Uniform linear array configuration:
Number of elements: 48
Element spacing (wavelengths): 0.25
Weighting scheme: exponential
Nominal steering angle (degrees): -60
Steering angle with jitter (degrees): -61.191
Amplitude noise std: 0.05
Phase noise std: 0.05

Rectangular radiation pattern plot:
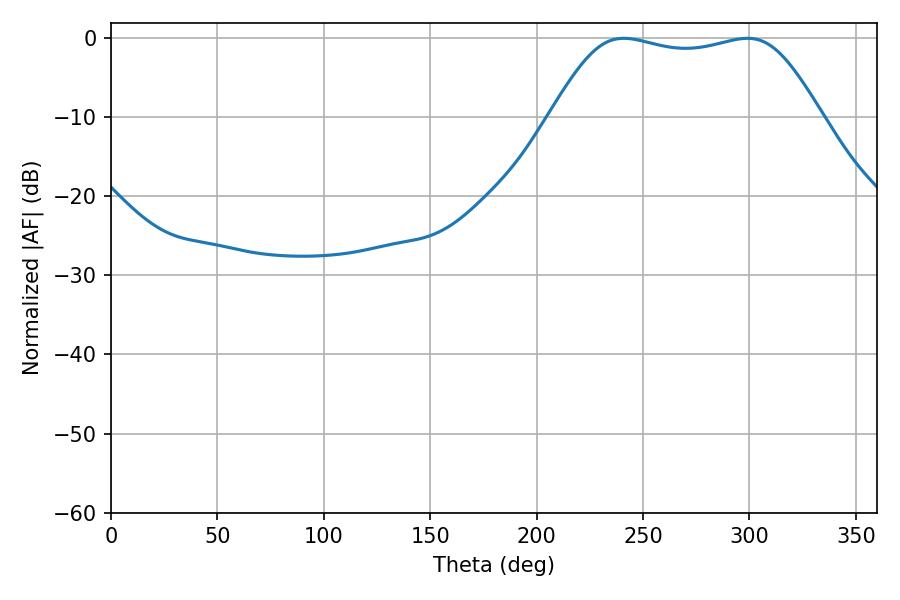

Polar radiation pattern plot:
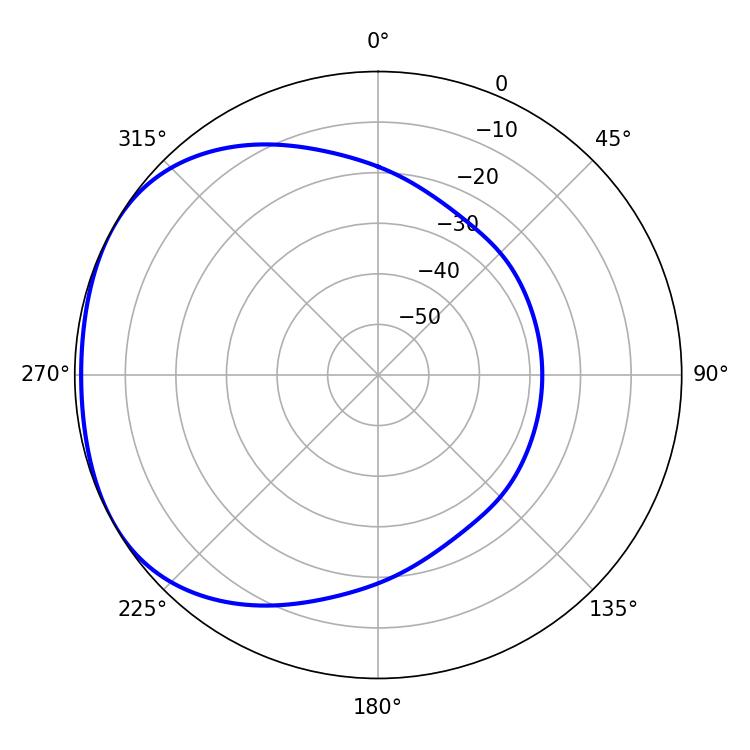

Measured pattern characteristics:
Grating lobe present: FALSE
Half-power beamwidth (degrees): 96.12
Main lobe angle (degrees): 241.02